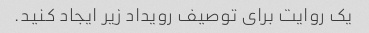
یک روایت برای توصیف رویداد زیر ایجاد کنید.